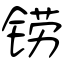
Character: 铹